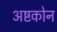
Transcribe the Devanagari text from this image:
अष्टकोन